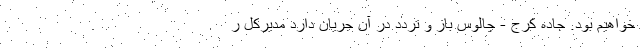
خواهیم بود. جاده کرج - چالوس باز و تردد در آن جریان دارد مدیرکل ر